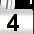
Digit: 4